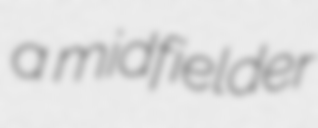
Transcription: a midfielder